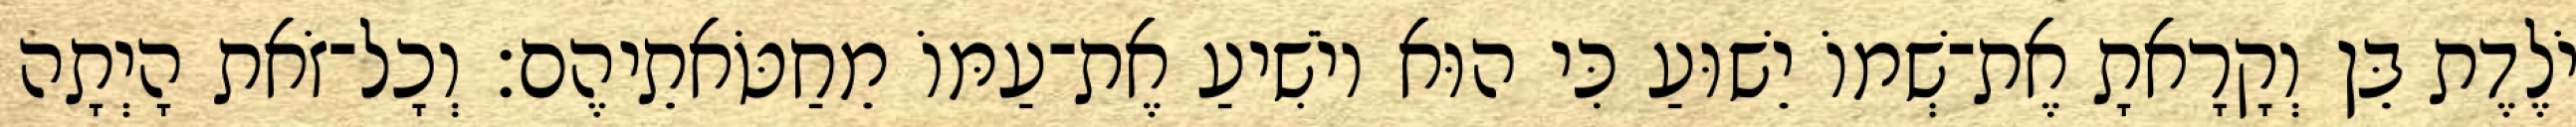
יֹלֶדֶת בֵּן וְקָרָאתָ אֶת־שְׁמוֹ יֵשׁוּעַ כִּי הוּא יוֹשִׁיעַ אֶת־עַמּוֹ מֵחַטֹּאתֵיהֶם׃ וְכָל־זֹאת הָיְתָה